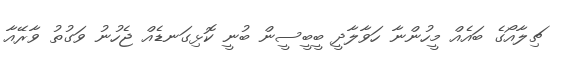
ޗިލާއޯގެ ބައެއް މީހުންނާ ހަވާލާދީ ބީބީސީން ބުނީ ކޮޅިގަނޑެއް ޖެހުނު ވަގުތު ވާރޭއާ